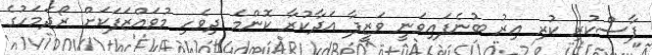
ފާސްކުރި ކުރި އިރު ބުނެފައިވަނީ ވަޒީފާ އަދާކުރާ ކޮންމެ ދިވެހި މުވައްޒަފަކަށް ރޯދަމަހުގެ